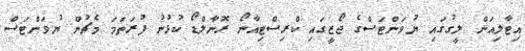
އިޓާލިއަން ލީގުގައި ޔުވަންޓަސްގެ ޖޯޒީގައި ކްރިސްޓިއާނޯ ރޮނާލްޑޯ ކުޅުނު ފުރަތަމަ މެޗުން ޔުވަންޓަސް